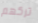
تركهم